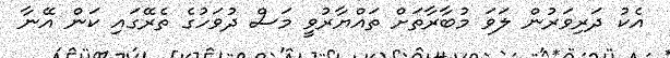
އެކު ދަރިވަރުން ލަވަ މުބާރާތަށް ތައްޔާރުވީ މަސް ދުވަހުގެ ތެރޭގައި ކަން އޭނާ